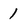
Character: 1